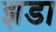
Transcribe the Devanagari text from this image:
झडा